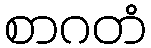
စာဂတံ